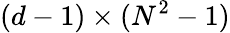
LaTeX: (d-1)\times(N^{2}-1)